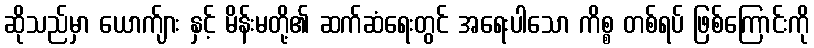
ဆိုသည်မှာ ယောက်ျား နှင့် မိန်းမတို့၏ ဆက်ဆံရေးတွင် အရေးပါသော ကိစ္စ တစ်ရပ် ဖြစ်ကြောင်းကို